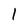
Character: 1